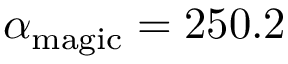
\alpha _ { \mathrm { m a g i c } } = 2 5 0 . 2